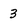
Character: 3